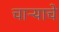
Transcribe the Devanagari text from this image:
चाऱ्याचे